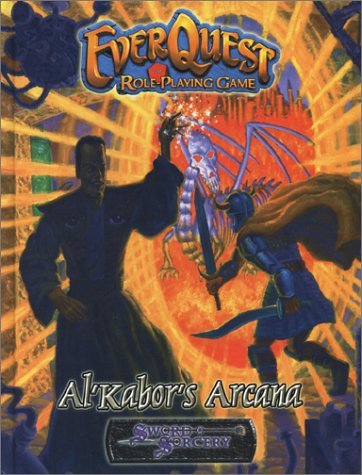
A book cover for Everquest Al'Kabors Arcana; Scott Holden-Jones; Science Fiction & Fantasy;